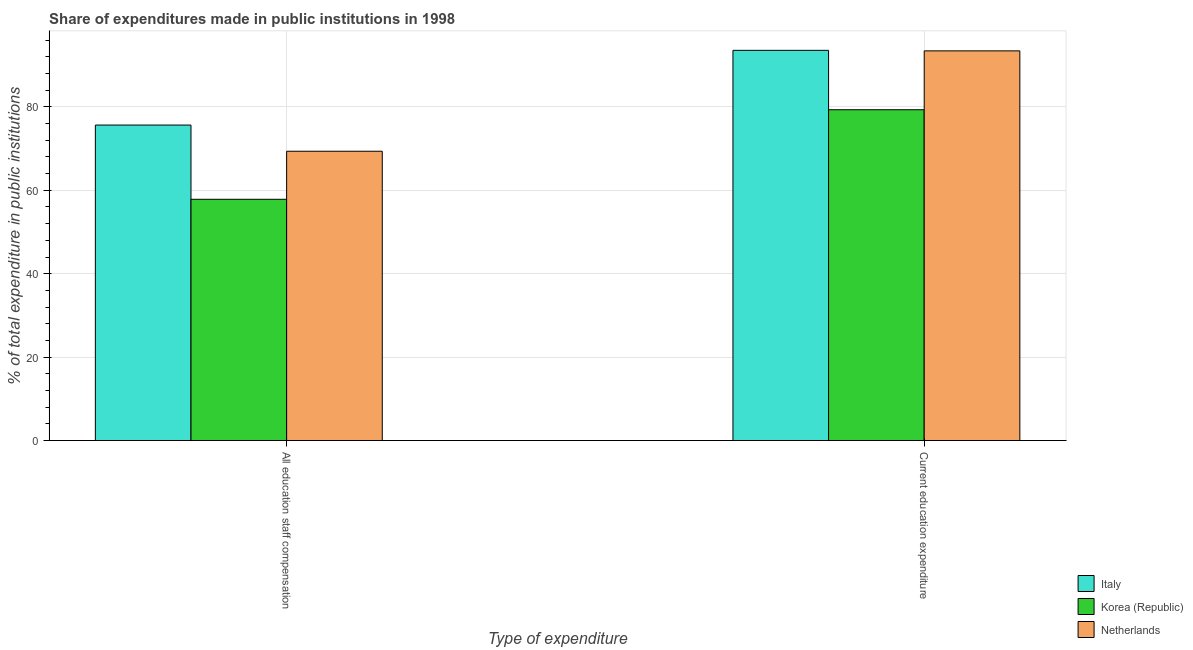
| Type of expenditure | Italy | Korea (Republic) | Netherlands |
 | --- | --- | --- | --- |
 | All education staff compensation | 75.6 | 57.8 | 69.4 |
 | Current education expenditure | 93.5 | 79.3 | 93.4 |